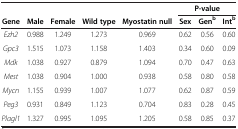
<table><thead><tr><td><b> </b></td><td><b> </b></td><td><b> </b></td><td><b> </b></td><td><b> </b></td><td colspan="3"><b>P-value</b></td></tr><tr><td><b>Gene</b></td><td><b>Male</b></td><td><b>Female</b></td><td><b>Wild type</b></td><td><b>Myostatin null</b></td><td><b>Sex</b></td><td><b>Gen<sup>b</sup></b></td><td><b>Int<sup>b</sup></b></td></tr></thead><tbody><tr><td><i>Ezh2</i></td><td>0.988</td><td>1.249</td><td>1.273</td><td>0.969</td><td>0.62</td><td>0.56</td><td>0.60</td></tr><tr><td><i>Gpc3</i></td><td>1.515</td><td>1.073</td><td>1.158</td><td>1.403</td><td>0.34</td><td>0.60</td><td>0.09</td></tr><tr><td><i>Mdk</i></td><td>1.038</td><td>0.927</td><td>0.879</td><td>1.094</td><td>0.70</td><td>0.47</td><td>0.63</td></tr><tr><td><i>Mest</i></td><td>1.038</td><td>0.904</td><td>1.000</td><td>0.938</td><td>0.58</td><td>0.80</td><td>0.58</td></tr><tr><td><i>Mycn</i></td><td>1.155</td><td>0.939</td><td>1.007</td><td>1.077</td><td>0.62</td><td>0.87</td><td>0.59</td></tr><tr><td><i>Peg3</i></td><td>0.931</td><td>0.849</td><td>1.123</td><td>0.704</td><td>0.83</td><td>0.28</td><td>0.45</td></tr><tr><td><i>Plagl1</i></td><td>1.327</td><td>0.995</td><td>1.095</td><td>1.205</td><td>0.58</td><td>0.85</td><td>0.37</td></tr></tbody></table>